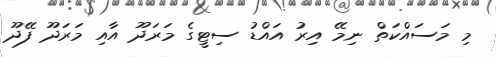
މި މަސައްކަތް ނިމޭ އިރު އައްޑު ސިޓީގެ މަރަދޫ އާއި މަރަދޫ ފޭދޫ